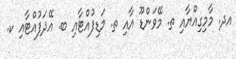
އދ. މާމިގިއްޔާއި ތ. މޭވަންޑޫ އާއި ތ. މަޑިފުއްޓާއި ބ. އޭދަފުއްޓާއި ކ.